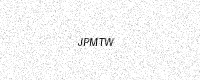
Text: JPMTW